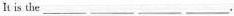
It is the___ ___ ___ ___